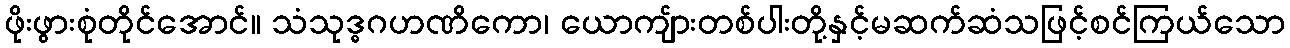
ဖိုးဖွားစုံတိုင်အောင်။ သံသုဒ္ဓဂဟဏိကော၊ ယောကျ်ားတစ်ပါးတို့နှင့်မဆက်ဆံသဖြင့်စင်ကြယ်သော